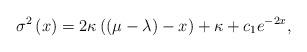
LaTeX: \begin{align*}\sigma ^{2}\left( x\right) =2\kappa \left( \left( \mu -\lambda \right)-x\right) +\kappa +c_{1}e^{-2x},\end{align*}